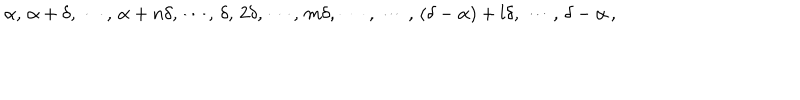
\alpha , \, \alpha + \delta , \, \cdots , \, \alpha + n \delta , \, \cdots , \, \delta , \, 2 \delta , \, \cdots , \, m \delta , \, \cdots \, , \, \cdots \, , \, ( \delta - \alpha ) + l \delta , \, \cdots \, , \, \delta - \alpha \, ,